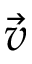
\vec { v }